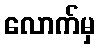
လောက်မှ